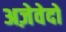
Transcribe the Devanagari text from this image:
अज़ेवेदो